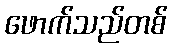
ဖောက်သည်တစ်